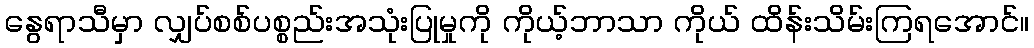
နွေရာသီမှာ လျှပ်စစ်ပစ္စည်းအသုံးပြုမှုကို ကိုယ့်ဘာသာ ကိုယ် ထိန်းသိမ်းကြရအောင်။